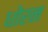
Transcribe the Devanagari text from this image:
धोरन